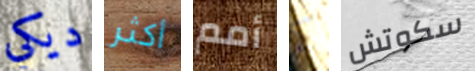
ديكي أكثر أمم كم سكوتش